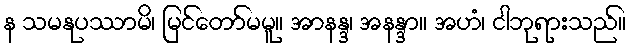
န သမနုပဿာမိ၊ မြင်တော်မမူ။ အာနန္ဒ၊ အနန္ဒာ။ အဟံ၊ ငါဘုရားသည်။